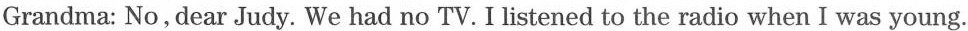
Grandma: No, dear Judy. We had no TV. I listened to the radio when I was young.